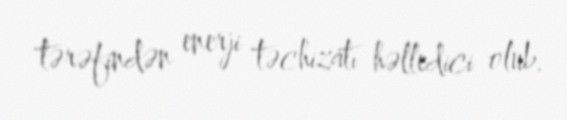
tərəfindən enerji təchizatı həlledici olub.